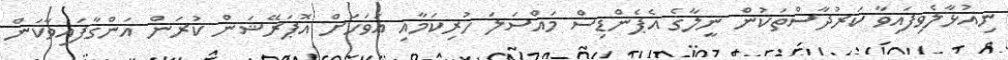
ނިއުޅާލެވިފައިވާ ކަރުދާސްތަކުން ނީލާގެ އެޕެންޑިސް މައްސަލަ ހުރިކަމާއި އަވަހަށް އޮޕަރޭޝަން ކުރަން އަންގާފައިވާކަން